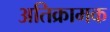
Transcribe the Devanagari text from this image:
अतिक्रामक